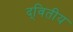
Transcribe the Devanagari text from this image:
द्‌वितीय